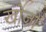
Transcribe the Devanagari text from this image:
खोज़ों